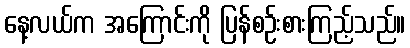
နေ့လယ်က အကြောင်းကို ပြန်စဉ်းစားကြည့်သည်။